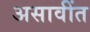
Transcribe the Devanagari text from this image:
असावींत